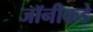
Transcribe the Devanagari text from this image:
जॉनीकडे